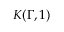
K ( \Gamma , 1 )